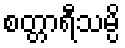
စတ္တာရီသမ္ပိ